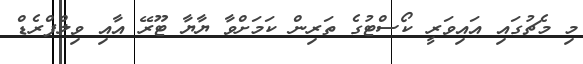
މި މެޗުގައި އައިވަރީ ކޯސްޓުގެ ތަރިން ކަމަށްވާ ޔާޔާ ޓޫރޭ އާއި ވިލްފްރެޑް